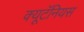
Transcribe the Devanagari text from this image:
क्यूटॅनियस